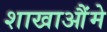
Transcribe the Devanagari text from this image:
शाखाऔंमे